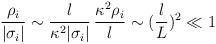
LaTeX: \begin{align*}{\rho_i \over |\sigma_i|} \sim {l \over \kappa^2 |\sigma_i|}\,{\kappa^2\rho_i\over l}\sim ({l\over L})^2 \ll 1 \end{align*}